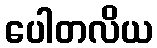
ပေါတလိယ